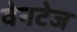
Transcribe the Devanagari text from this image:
वेनटेज